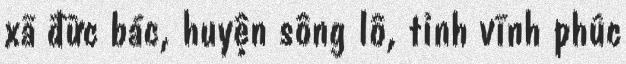
xã đức bác, huyện sông lô, tỉnh vĩnh phúc